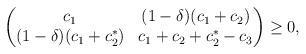
LaTeX: \begin{align*} \begin{pmatrix} c_1 & (1-\delta)(c_1+c_2) \\ (1-\delta)(c_1+c_2^*) & c_1+c_2+c_2^*-c_3 \end{pmatrix} \geq 0, \end{align*}